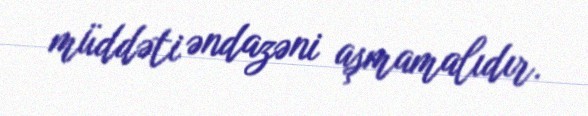
müddəti əndazəni aşmamalıdır.